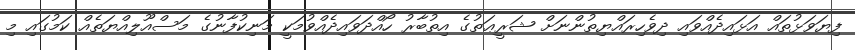
ފިޔަވަޅުތައް އަޅައިދެއްވައި ދިވެހިރައްޔިތުންނަށް ޝަރީޢަތުގެ އިތުބާރު ހޯއްދަވައިދެއްވުމަކީ މަނިކުފާނުގެ މަސްއޫލިއްޔަތެއް ކަމުގައި މި